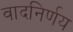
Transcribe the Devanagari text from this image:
वादनिर्णय